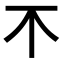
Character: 𣎴